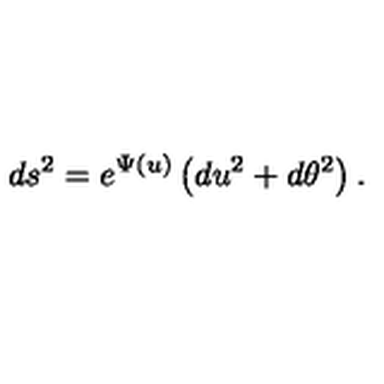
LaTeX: d s ^ { 2 } = e ^ { \Psi ( u ) } \left( d u ^ { 2 } + d \theta ^ { 2 } \right) .